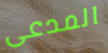
المدعى